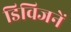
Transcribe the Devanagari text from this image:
डिविजनें